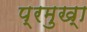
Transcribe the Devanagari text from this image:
प्रमुख्‍ा